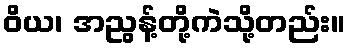
ဝိယ၊ အညွန့်တို့ကဲသို့တည်း။